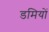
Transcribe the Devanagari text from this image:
डमियों